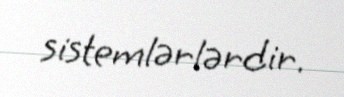
sistemlərlərdir.